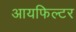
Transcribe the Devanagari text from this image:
आयफिल्टर